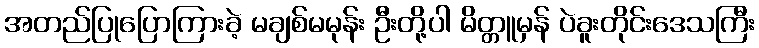
အတည်ပြုပြောကြားခဲ့ မချစ်မမုန်း ဦးတို့ပါ မိတ္တူမှန် ပဲခူးတိုင်းဒေသကြီး